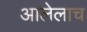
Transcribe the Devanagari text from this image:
आलेलाच